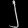
Digit: ၂